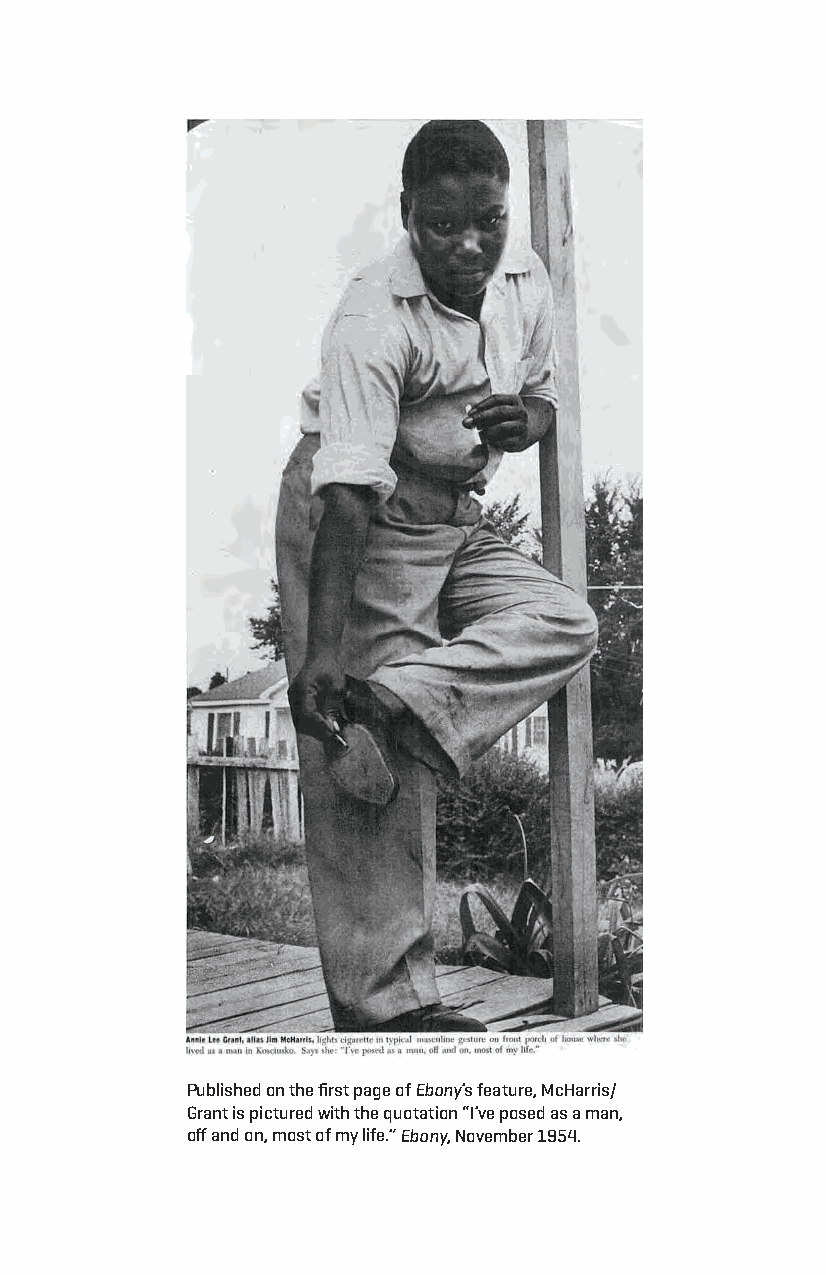
Published on the first page of Ebony’s feature, Mcharris/
 grant is pictured with the quotation “i’ve posed as a man,
 off and on, most of my life.” Ebony, november 1954.
 Snorton.indd 168                            29/09/2017 8:41:08 AM